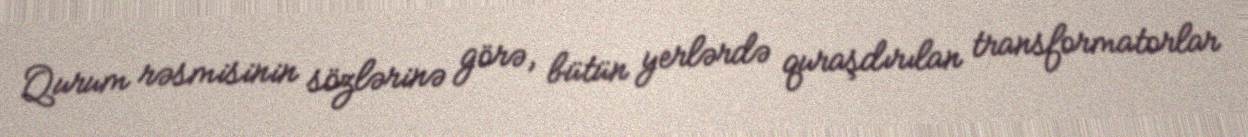
Qurum rəsmisinin sözlərinə görə, bütün yerlərdə quraşdırılan transformatorlar